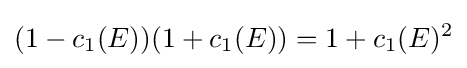
(1-c_{1}(E))(1+c_{1}(E))=1+c_{1}(E)^{2}